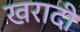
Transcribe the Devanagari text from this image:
खरादी